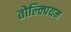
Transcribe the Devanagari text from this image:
तोल्क्पियम